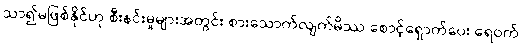
သာ၍မဖြစ်နိုင်ဟု စီးနင်းမှုများအတွင်း စားသောက်လျက်မိဿ စောင့်ရှောက်ပေး ရေဝက်